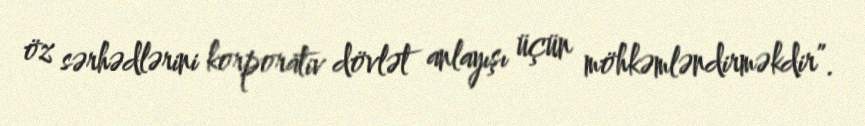
öz sərhədlərini korporativ dövlət anlayışı üçün möhkəmləndirməkdir”.